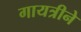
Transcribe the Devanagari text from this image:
गायत्रीने